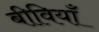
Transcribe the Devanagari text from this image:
बीवियाँ